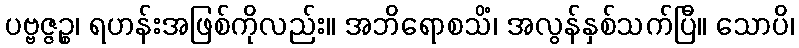
ပဗ္ဗဇ္ဇဉ္စ၊ ရဟန်းအဖြစ်ကိုလည်း။ အဘိရောစသိံ၊ အလွန်နှစ်သက်ပြီ။ သောပိ၊